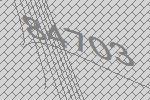
84703